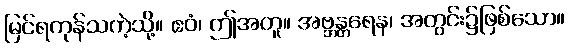
မြင်ရကုန်သကဲ့သို့။ ဧဝံ၊ ဤအတူ။ အဗ္ဘန္တရေန၊ အတွင်း၌ဖြစ်သော။